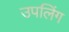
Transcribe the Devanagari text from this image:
उपलिंग